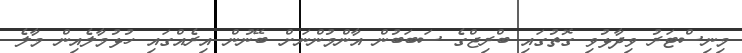
މިނިސްޓަރު ވިދާޅުވި ގޮތުގައި ބްރިޖްގެ ސަބަބުން އާންމުންނަށް ބޭނުން އިރެއްގައި ހުޅުމާލެއިން މާލެ